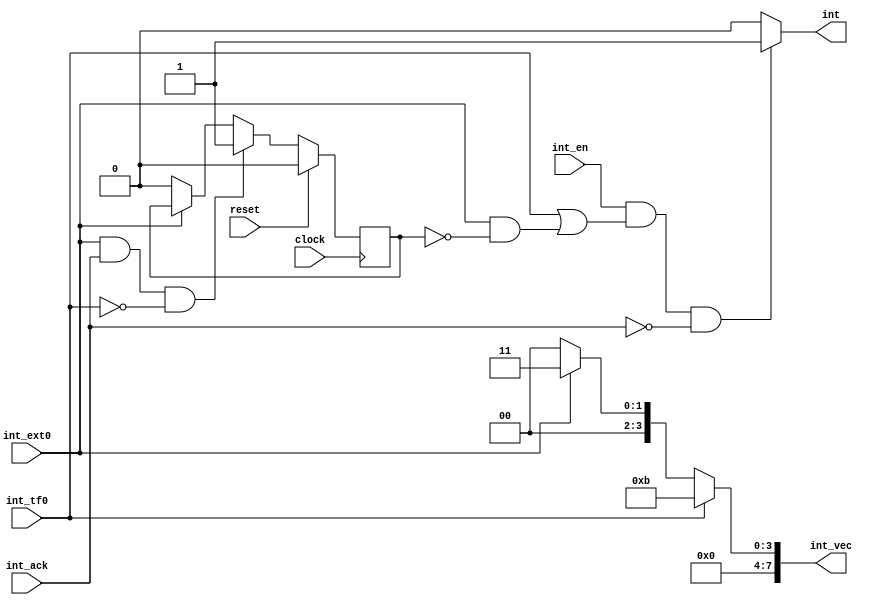
`timescale 1ns / 1ps
 

module interrupt_control(

input clock,
input reset,
input int_en,     

input int_tf0,
input int_ext0,

input int_ack,

output int, 
output [7:0] int_vec

);

reg done_int_ext0;  //sinalize the prev

initial begin
    done_int_ext0 <= 1'b0;
end

always @(posedge clock) begin
    if(reset == 1'b1) 
        done_int_ext0 <= 1'b0;
    else if(int_ext0 == 1'b1 && int_ack == 1'b1 && int_tf0  == 1'b0)
        done_int_ext0 <= 1'b1;
    else if(int_ext0 == 1'b0)
        done_int_ext0 <= 1'b0;  
end

assign int_vec = (int_tf0  == 1'b1) ? 8'h0B :        //timer has higher priority
                 (int_ext0 == 1'b1) ? 8'h03 : 8'h00; //external


//Indicates to the processor a request for interruption
assign int = (int_en == 1'b1 && (int_tf0  == 1'b1 || (int_ext0 == 1'b1 && done_int_ext0 == 1'b0)) && int_ack == 1'b0) ? 1'b1 : 1'b0; 


endmodule